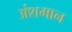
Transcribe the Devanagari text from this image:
अंशमान